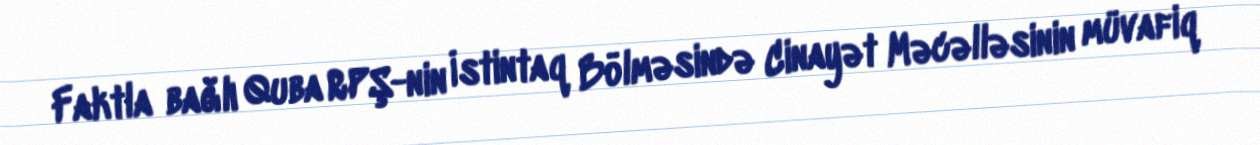
Faktla bağlı Quba RPŞ-nin İstintaq Bölməsində Cinayət Məcəlləsinin müvafiq